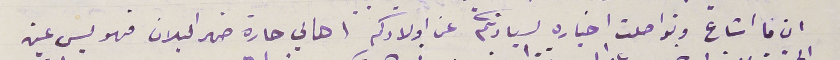
ان ما اشاع وتواصلت اخباره لسيادتكم عن اولادكم اهالي حارة ضهر البلان فهو ليس عن